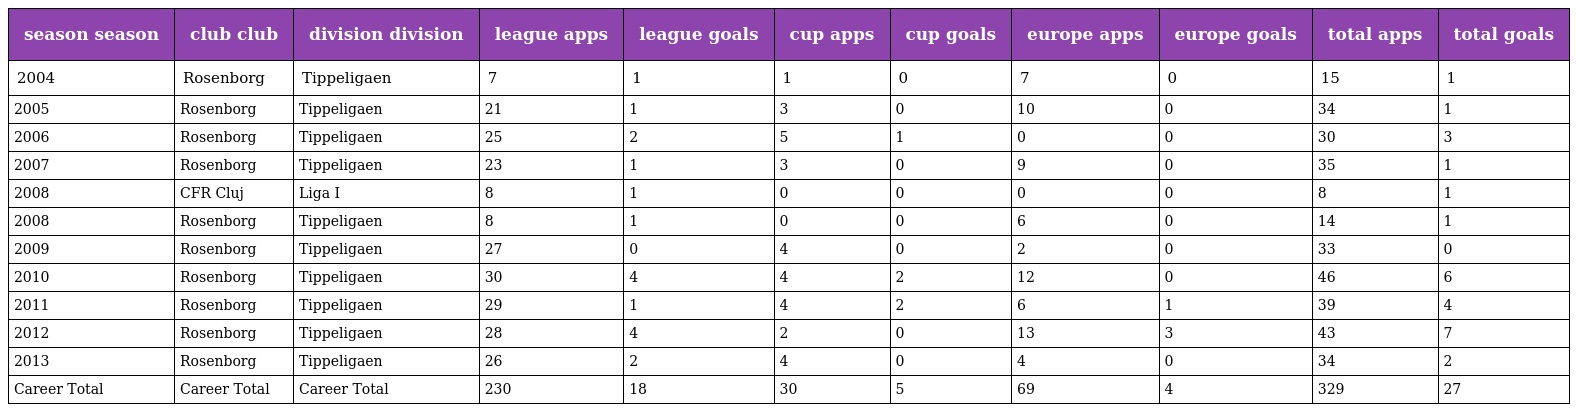
| season season | club club | division division | league apps | league goals | cup apps | cup goals | europe apps | europe goals | total apps | total goals |
 | --- | --- | --- | --- | --- | --- | --- | --- | --- | --- | --- |
 | 2004 | Rosenborg | Tippeligaen | 7 | 1 | 1 | 0 | 7 | 0 | 15 | 1 |
 | 2005 | Rosenborg | Tippeligaen | 21 | 1 | 3 | 0 | 10 | 0 | 34 | 1 |
 | 2006 | Rosenborg | Tippeligaen | 25 | 2 | 5 | 1 | 0 | 0 | 30 | 3 |
 | 2007 | Rosenborg | Tippeligaen | 23 | 1 | 3 | 0 | 9 | 0 | 35 | 1 |
 | 2008 | CFR Cluj | Liga I | 8 | 1 | 0 | 0 | 0 | 0 | 8 | 1 |
 | 2008 | Rosenborg | Tippeligaen | 8 | 1 | 0 | 0 | 6 | 0 | 14 | 1 |
 | 2009 | Rosenborg | Tippeligaen | 27 | 0 | 4 | 0 | 2 | 0 | 33 | 0 |
 | 2010 | Rosenborg | Tippeligaen | 30 | 4 | 4 | 2 | 12 | 0 | 46 | 6 |
 | 2011 | Rosenborg | Tippeligaen | 29 | 1 | 4 | 2 | 6 | 1 | 39 | 4 |
 | 2012 | Rosenborg | Tippeligaen | 28 | 4 | 2 | 0 | 13 | 3 | 43 | 7 |
 | 2013 | Rosenborg | Tippeligaen | 26 | 2 | 4 | 0 | 4 | 0 | 34 | 2 |
 | Career Total | Career Total | Career Total | 230 | 18 | 30 | 5 | 69 | 4 | 329 | 27 |